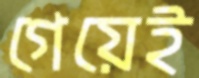
গেয়েই